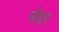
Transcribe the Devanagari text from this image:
पोद्दर